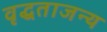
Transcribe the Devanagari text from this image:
वृद्धताजन्य